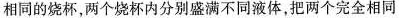
相同的烧杯，两个烧杯内分别盛满不同液体，把两个完全相同